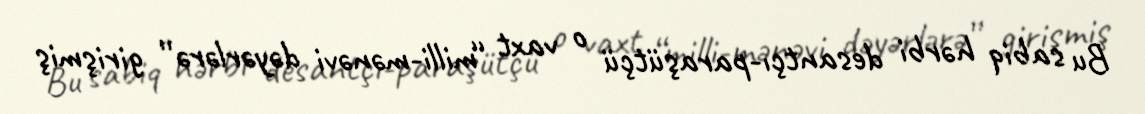
Bu sabiq hərbi desantçı-paraşütçü o vaxt “milli-mənəvi dəyərlərə” girişmiş